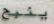
ينبح